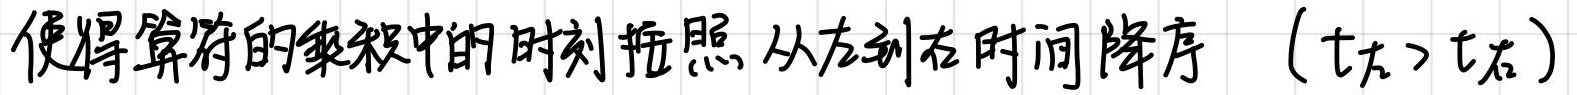
使得算符的乘积中的时刻按照从左到右时间降序（$t_{左}>t_{右}$）